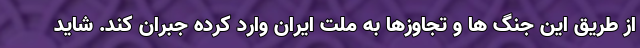
از طریق این جنگ ها و تجاوزها به ملت ایران وارد کرده جبران کند. شاید